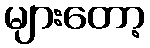
များတော့